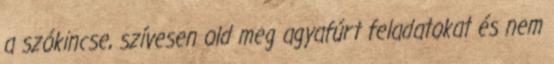
a szókincse, szívesen old meg agyafúrt feladatokat és nem